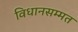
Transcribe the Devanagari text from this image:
विधानसम्मत